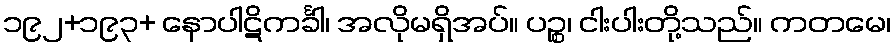
၁၉၂+၁၉၃+ နောပါဋိကင်္ခါ၊ အလိုမရှိအပ်။ ပဉ္စ၊ ငါးပါးတို့သည်။ ကတမေ၊